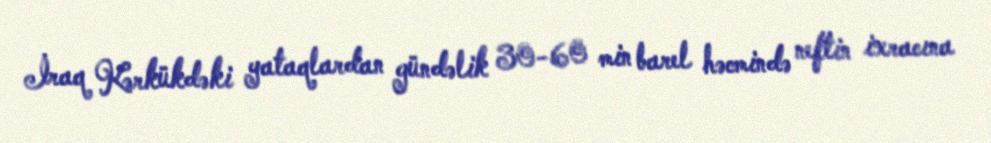
İraq Kərkükdəki yataqlardan gündəlik 30-60 min barel həcmində neftin ixracına